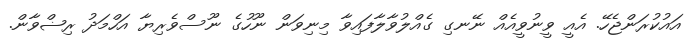
އައުކުރަންޖެހޭ. އެއީ ވީނުވީއެއް ނޭނގި ގެއްލުވާލާފައިވާ މިނިވަން ނޫހުގެ ނޫސްވެރިޔާ އަހްމަދު ރިޟްވާން.